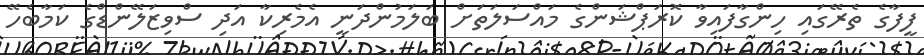
ފީފާގެ ތެރޭގައި ހިންގާފައިވާ ކޮރަޕްޝަންގެ މައްސަލަތަށް ބަލަމުންދަނީ އެމެރިކާ އަދި ސްވިޒަލޭންޑްގެ ކަމާބެހޭ